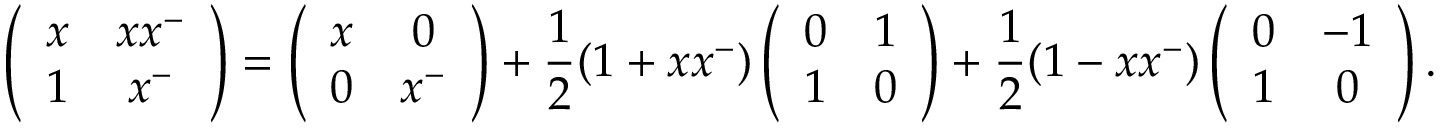
\left( \begin{array} { c c } { x } & { x x ^ { - } } \\ { 1 } & { x ^ { - } } \end{array} \right) = \left( \begin{array} { c c } { x } & { 0 } \\ { 0 } & { x ^ { - } } \end{array} \right) + \frac { 1 } { 2 } ( 1 + x x ^ { - } ) \left( \begin{array} { c c } { 0 } & { 1 } \\ { 1 } & { 0 } \end{array} \right) + \frac { 1 } { 2 } ( 1 - x x ^ { - } ) \left( \begin{array} { c c } { 0 } & { - 1 } \\ { 1 } & { 0 } \end{array} \right) .